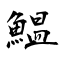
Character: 鰛